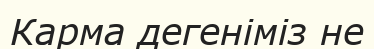
Карма дегеніміз не